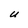
Character: U